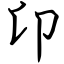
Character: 卬